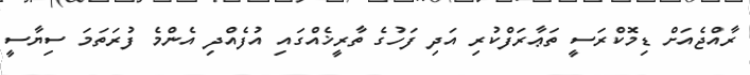
ރާއްޖެއަށް ޑިމޮކްރަސީ ތަޢާރަފްކުރި އަދި ފަހުގެ ތާރީޚެއްގައި އުފެއްދި އެންމެ ފުރަތަމަ ސިޔާސީ